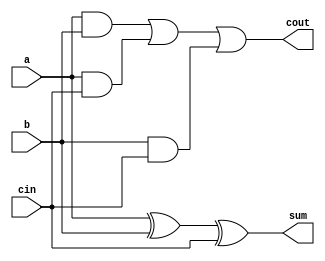
module full_adder_1b (input a, b, cin, output sum, cout);
assign sum = a ^ b ^ cin;
assign cout = (a & b) | (a & cin) | (b & cin);
endmodule

module a_s_8b (a8,b8,s,sum8,cout8);
input [7:0] a8,b8;
input s;
output [7:0] sum8;
output cout8;

wire [6:0] cin8;

full_adder_1b g0 (.a(a8[0]) , .b(s^b8[0]) , .cin(s)       , .sum(sum8[0]) , .cout(cin8[0]));
full_adder_1b g1 (.a(a8[1]) , .b(s^b8[1]) , .cin(cin8[0]) , .sum(sum8[1]) , .cout(cin8[1]));
full_adder_1b g2 (.a(a8[2]) , .b(s^b8[2]) , .cin(cin8[1]) , .sum(sum8[2]) , .cout(cin8[2]));
full_adder_1b g3 (.a(a8[3]) , .b(s^b8[3]) , .cin(cin8[2]) , .sum(sum8[3]) , .cout(cin8[3]));
full_adder_1b g4 (.a(a8[4]) , .b(s^b8[4]) , .cin(cin8[3]) , .sum(sum8[4]) , .cout(cin8[4]));
full_adder_1b g5 (.a(a8[5]) , .b(s^b8[5]) , .cin(cin8[4]) , .sum(sum8[5]) , .cout(cin8[5]));
full_adder_1b g6 (.a(a8[6]) , .b(s^b8[6]) , .cin(cin8[5]) , .sum(sum8[6]) , .cout(cin8[6]));
full_adder_1b g7 (.a(a8[7]) , .b(s^b8[7]) , .cin(cin8[6]) , .sum(sum8[7]) , .cout(cout8));

endmodule



module alu(ina,inb , opcode, carry_flag , zero_flag, out, cout);
input [7:0] ina,inb;
input [2:0] opcode;
output [7:0] out;
output cout;
output carry_flag,zero_flag;

reg [7:0] z;
wire [7:0] z1;
wire c;
a_s_8b g0(.a8(ina) , .b8(inb) , .s(opcode[0]) , .sum8(z1) , .cout8(c) );


assign zero_flag= (ina  == 8'b00000000) & (inb == 8'b00000000);
assign carry_flag = ina > inb;


always @( ina, inb , opcode)
case (opcode)

3'b000 : z=z1;
3'b001 : z=z1;
3'b010 : z= ina & inb;
3'b011 : z= ina | inb;

3'b100 : z= ina ^ inb;
3'b101 : z= ina > inb;
3'b110 : z= ina << 1;
3'b111 : z= inb << 1;

default : z= 8'b00000000;

endcase

assign out=z;
assign cout =c;


endmodule


module test_alu ;

reg [7:0] tina,tinb;
reg [2:0] topcode;
wire[7:0] tout;
wire tcout,tcarry_flag,t_zero_flag;


alu t(.ina(tina) , .inb(tinb) , .opcode(topcode) , .carry_flag(tcarry_flag) , .zero_flag(t_zero_flag) , .out(tout) ,.cout(tcout) );

initial

begin
tina= 8'b01010101; tinb= 8'b00011100;
topcode= 3'b000;

#100; topcode=3'b001;

#100; topcode=3'b010;
#100;
tinb= 8'b01010101; tina= 8'b00011100;
topcode= 3'b011;
#100;
tinb= 8'b01010101; tina= 8'b00011100;
topcode= 3'b100;

#100; topcode=3'b101;
#100; topcode=3'b110;
#100; topcode=3'b111;


end

endmodule